Document type: Sale
Year: 1274
Scribe: [Unknown]
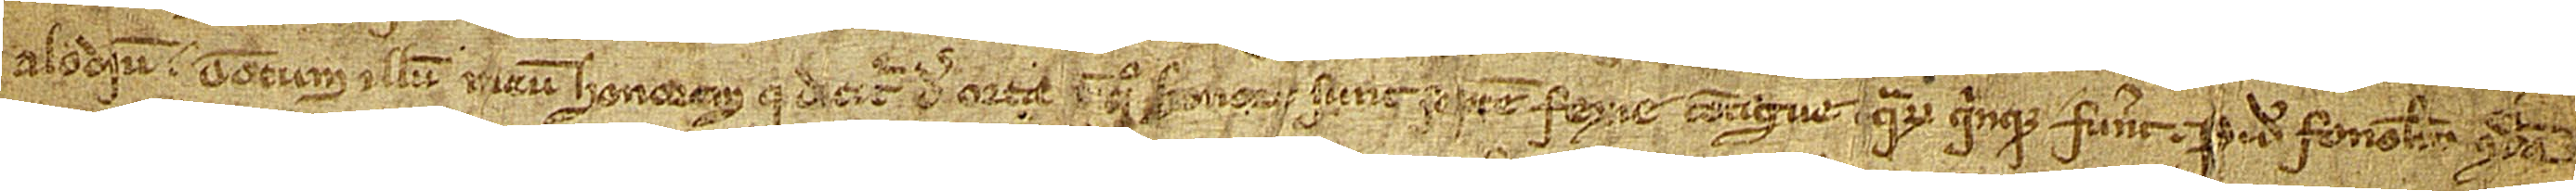
alodium totum illum meum honorem que dicitur de Orta, [in] quo honori sunt septem fexie contigue, quarum quinque fuerunt P. de Fonolar, condam,